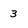
Character: 3